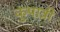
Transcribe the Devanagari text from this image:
कुपात्री